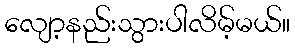
လျော့နည်းသွားပါလိမ့်မယ်။